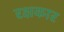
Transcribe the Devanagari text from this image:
रक्षकार